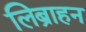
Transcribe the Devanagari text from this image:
लिब्राहन